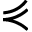
\curlyeqprec